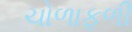
ચોળાફળી